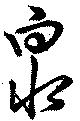
泉